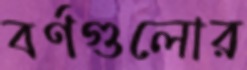
বর্ণগুলোর